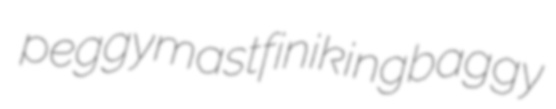
peggymast finiking baggy